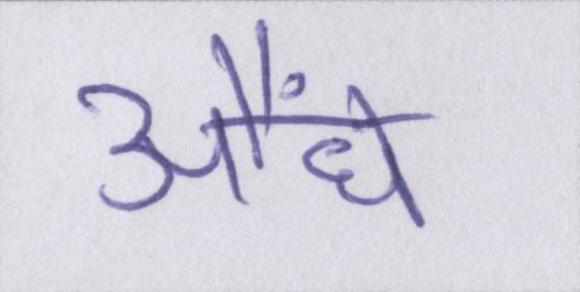
औंधे